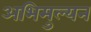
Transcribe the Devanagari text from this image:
अभिमुल्यन